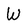
Character: W